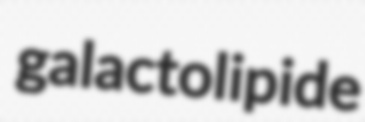
galactolipide